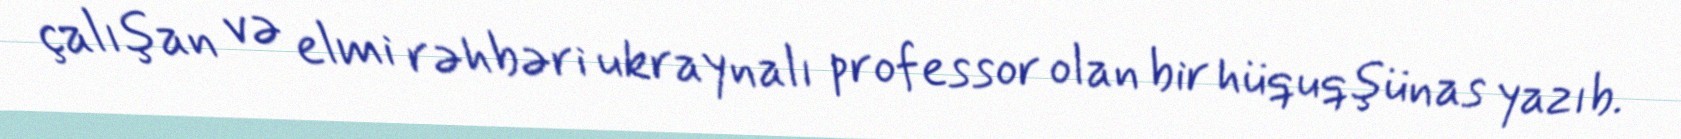
çalışan və elmi rəhbəri ukraynalı professor olan bir hüquqşünas yazıb.